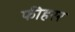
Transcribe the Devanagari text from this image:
फीहरर